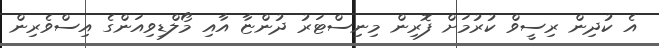
އެ ކުދިން ރިސީވް ކުރުމަށް ފޮރިން މިނިސްޓަރު ދުންޏާ އާއި މޯލްޑިވިއަންގެ އިސްވެރިން